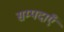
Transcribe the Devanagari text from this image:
सम्पदाएँ